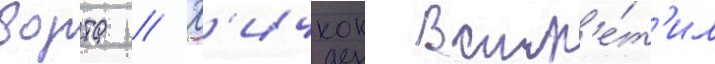
ворта // Х'ичкок встр'е́т'ил